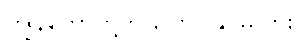
ကျွန်တော်တို့ကို ပြောပြနိုင်မလား